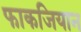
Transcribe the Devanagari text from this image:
फाकजियान